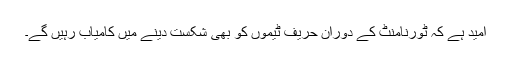
امید ہے کہ ٹورنامنٹ کے دوران حریف ٹیموں کو بھی شکست دینے میں کامیاب رہیں گے۔